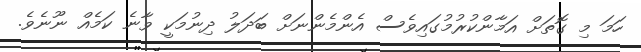
ހަމަ މި ގޮތަށް އަމާންކުރުމުގައިވެސް އެންމެންނަށް ބަދަލު ދިނުމަކީ ވާނެ ކަމެއް ނޫނެވެ.